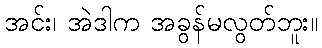
အင်း၊ အဲဒါက အခွန်မလွတ်ဘူး။